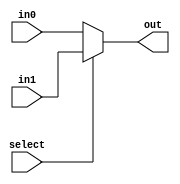
module mux2_1(out, select, in0, in1);
    input select;
    input in0, in1;
    output out;
    assign out = select ? in1: in0;
endmodule

module mux4_1(out, select, in0, in1, in2, in3);
    input [1:0] select;
    input in0, in1, in2, in3;
    output out;
    wire w1, w2;
    mux2_1 first_top(w1, select[0], in0, in1);
    mux2_1 first_bottom(w2, select[0], in2, in3);
    mux2_1 second(out, select[1], w1, w2);
endmodule

module mux8_1(out, select, in0, in1, in2, in3, in4, in5, in6, in7);
    input [2:0] select;
    input in0, in1, in2, in3, in4, in5, in6, in7;
    output out;
    wire w0, w1;

    mux4_1 first_top(w1, select[1:0], in4, in5, in6, in7);
    mux4_1 first_bottom(w0, select[1:0], in0, in1, in2, in3);
    mux2_1 second(out, select[2], w0, w1);
endmodule